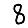
Digit: 8